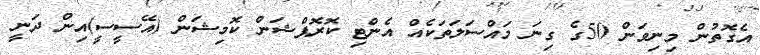
އެގޮތުން މިނިވަން 50ގެ ގިނަ މައްސަލަތަކެއް އެންޓި ކޮރޮޕްޝަން ކޮމިޝަން (އޭސީސީ)އިން ދަނީ